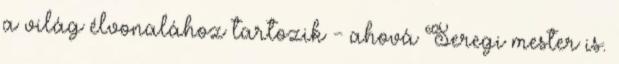
a világ élvonalához tartozik - ahová Seregi mester is.